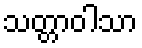
သတ္တာဝါသာ